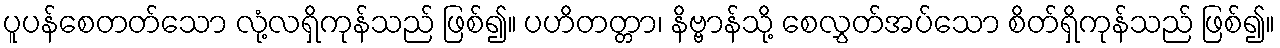
ပူပန်စေတတ်သော လုံ့လရှိကုန်သည် ဖြစ်၍။ ပဟိတတ္တာ၊ နိဗ္ဗာန်သို့ စေလွှတ်အပ်သော စိတ်ရှိကုန်သည် ဖြစ်၍။